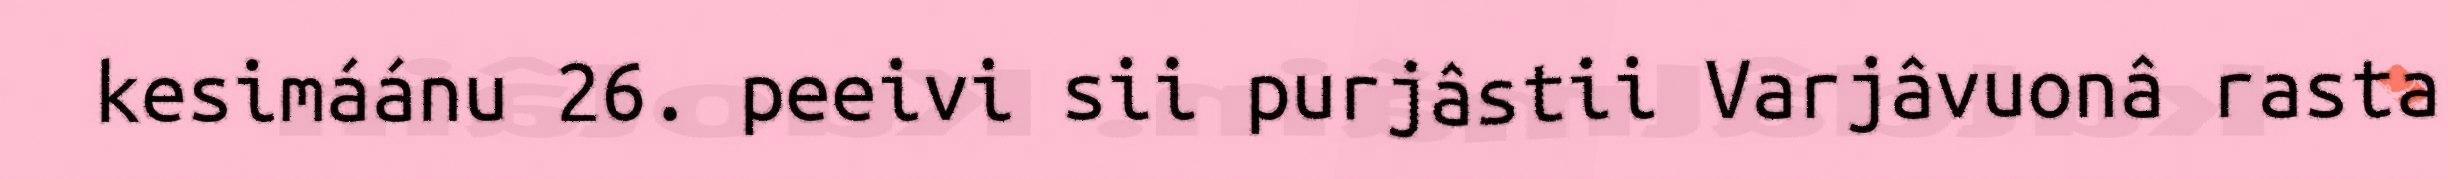
kesimáánu 26. peeivi sii purjâstii Varjâvuonâ rasta